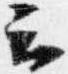
云